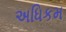
અધિકમ